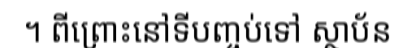
។ ពីព្រោះនៅទីបញ្ចប់ទៅ ស្ថាប័ន